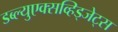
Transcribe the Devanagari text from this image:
डब्ल्युएक्सव्हिड्जेट्स